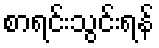
စာရင်းသွင်းရန်